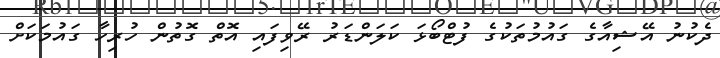
ދެކުނު އޭޝިއާގެ ގައުމުތަކުގެ ފުޓްބޯޅަ ކަލަންޑަރު ރޭވިފައި އޮތް ގޮތުން ހުރިހާ ގައުމަކަށް